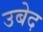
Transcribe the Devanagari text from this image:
उबेद